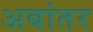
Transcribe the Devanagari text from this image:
अबांतर